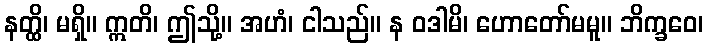
နတ္ထိ၊ မရှိ။ ဣတိ၊ ဤသို့။ အဟံ၊ ငါသည်။ န ဝဒါမိ၊ ဟောတော်မမူ။ ဘိက္ခဝေ၊